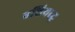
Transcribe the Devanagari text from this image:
एशियाद्ध